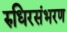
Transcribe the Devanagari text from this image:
रुधिरसंभरण